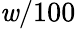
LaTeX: \mathit{w}/100